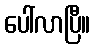
ပေါ်လာပြီ။